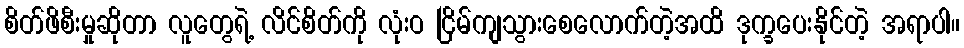
စိတ်ဖိစီးမှုဆိုတာ လူတွေရဲ့ လိင်စိတ်ကို လုံးဝ ငြိမ်ကျသွားစေလောက်တဲ့အထိ ဒုက္ခပေးနိုင်တဲ့ အရာပါ။